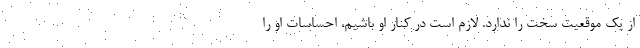
از یک موقعیت سخت را ندارد. لازم است در کنار او باشیم، احساسات او را